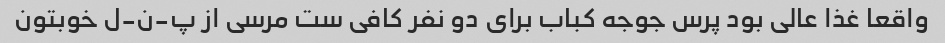
واقعا غذا عالی بود پرس جوجه کباب برای دو نفر کافی ست مرسی از پ-ن-ل خوبتون